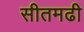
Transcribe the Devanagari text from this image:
सीतमढी